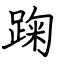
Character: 踘